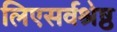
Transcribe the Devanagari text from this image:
लिएसर्वश्रेष्ठ